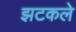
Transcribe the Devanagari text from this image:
झटकले